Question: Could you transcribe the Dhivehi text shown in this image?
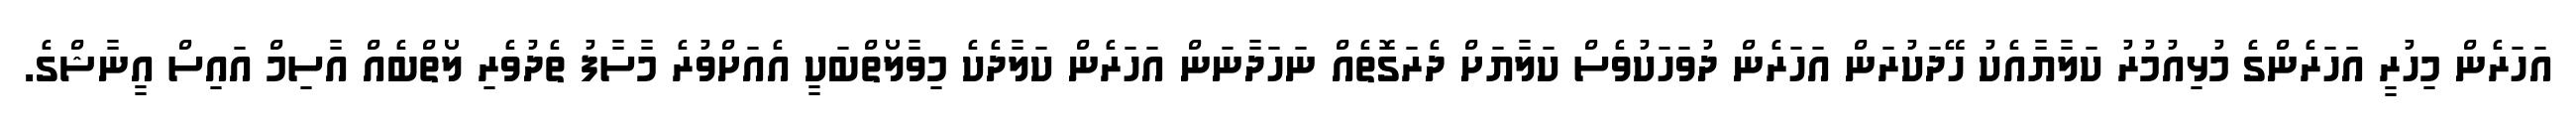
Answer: އަހަރެން މިހުރީ އަހަރެންގެ މުޅިއުމުރު ކަލާޔާއެކު ހޭދަކުރަން އަހަރެން ދުވަހަކުވެސް ކަލާޔަށް ދެރަގޮތެއް ނަހަދާނަން އަހަރެން ކަލާދެކެ މިވާލޯތްބަކީ އެއަށްވުރެ މާސާފު ތެދުވެރި ލޯތްބެއް އާސިމް އައިސް އީނާޝްގެ.